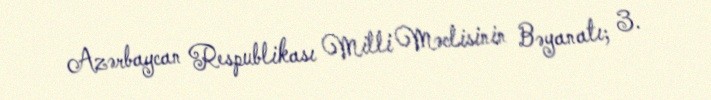
Azərbaycan Respublikası Milli Məclisinin Bəyanatı; 3.